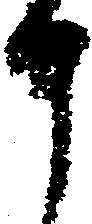
申